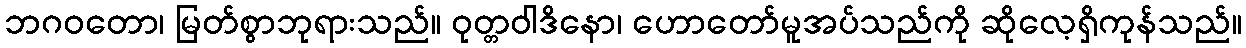
ဘဂဝတော၊ မြတ်စွာဘုရားသည်။ ဝုတ္တဝါဒိနော၊ ဟောတော်မူအပ်သည်ကို ဆိုလေ့ရှိကုန်သည်။